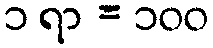
၁ ရာ = ၁၀၀